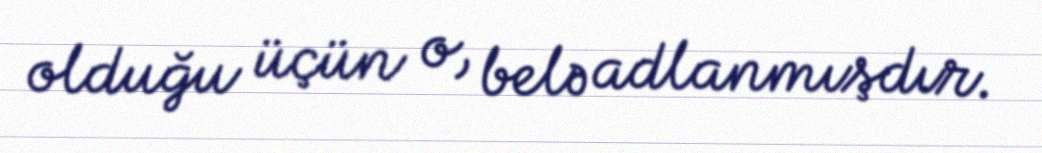
olduğu üçün o, belə adlanmışdır.